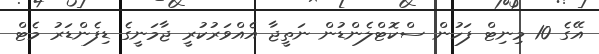
އޭގެ 10 މިނިޓް ފަހުން ސްކޮޓްލެންޑުން ނަތީޖާ އެއްވަރުކުރީ ޖާމަނީގެ ޑިފެންޑަރު މެޓް